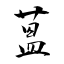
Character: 蒕